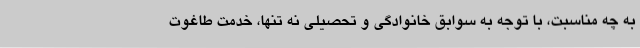
به چه مناسبت، با توجه به سوابق خانوادگی و تحصیلی نه تنها، خدمت طاغوت